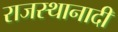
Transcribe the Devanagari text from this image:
राजस्थानादी